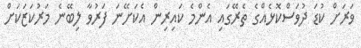
ވަރަށް ކުޑަ ދުވަސްކޮޅެއްގެ ތެރޭގައި އެންމެ ކައިރިން އެކަށޭނަ ފަރުވާ ލިބޭނެ މަރުކަޒަކަށް